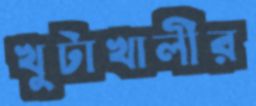
খুটাখালীর